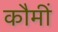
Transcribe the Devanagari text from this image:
कौमीं